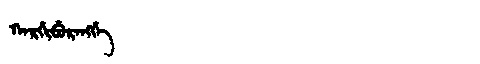
Manchu: ᡴᠠᡵᡤᡳᠪᡠᡵᠠᠩᡤᡝ
Romanization: KARGIBURANGGE